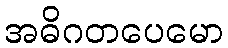
အဓိဂတပေမော